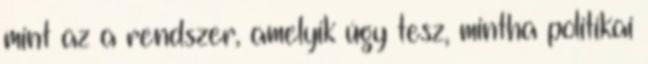
mint az a rendszer, amelyik úgy tesz, mintha politikai